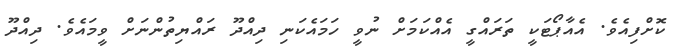
ކޮށްފިއެވެ. އެއާޕޯޓަކީ ތަރައްގީ އެއްކަމަށް ނުވީ ހަމައެކަނި ދިއްދޫ ރައްޔިތުންނަށް ވީމައެވެ. ދިއްދޫ